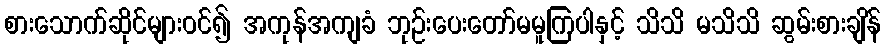
စားသောက်ဆိုင်များဝင်၍ အကုန်အကျခံ ဘုဉ်းပေးတော်မမူကြပါနှင့် သိသိ မသိသိ ဆွမ်းစားချိန်